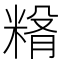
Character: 𥺵